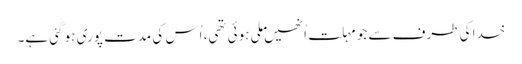
خدا کی طرف سے جو مہلت اُنھیں ملی ہوئی تھی، اُس کی مدت پوری ہو گئی ہے۔